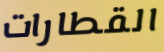
القطارات